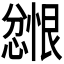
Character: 𪬲